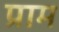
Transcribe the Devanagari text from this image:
प्राम